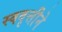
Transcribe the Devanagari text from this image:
स्ववृत्तीने